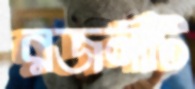
রজনীটি